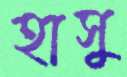
হাসু